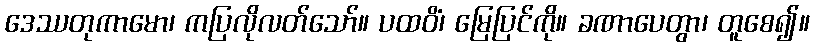
ဒေဿတုကာမော၊ ကပြလိုလတ်သော်။ ပထဝိံ၊ မြေပြင်ကို။ ခဏာပေတွာ၊ တူစေ၍။